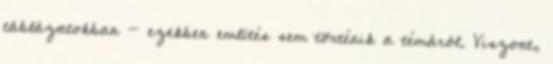
táblázatokban - ezekben említés sem történik a témáról. Viszont,